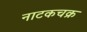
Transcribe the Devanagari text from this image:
नाटकचक्र